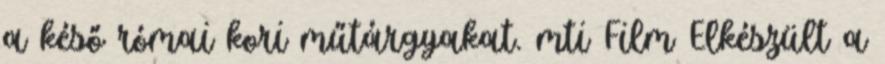
a késő római kori műtárgyakat. mti Film Elkészült a